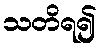
သတိရ၍